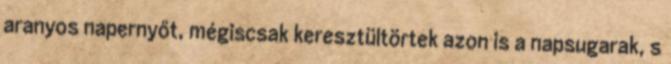
aranyos napernyőt, mégiscsak keresztültörtek azon is a napsugarak, s